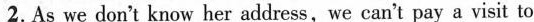
2.As we don't know her address,we can't pay a visit to